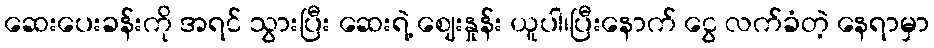
ဆေးပေးခန်းကို အရင် သွားပြီး ဆေးရဲ့ ဈေးနှုန်း ယူပါ၊ပြီးနောက် ငွေ လက်ခံတဲ့ နေရာမှာ